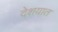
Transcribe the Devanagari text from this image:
देशयात